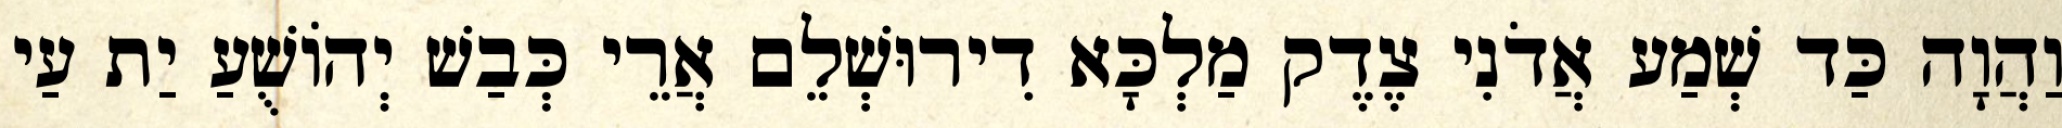
וַהֲוָה כַּד שְׁמַע אֲדֹנִי צֶדֶק מַלְכָּא דִירוּשְׁלֵם אֲרֵי כְּבַשׁ יְהוֹשֻׁעַ יַת עַי